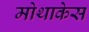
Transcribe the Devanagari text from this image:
मोथाकेस